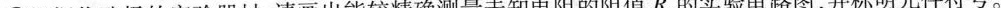
②根据你选择的实验器材，请画出能较精确测量未知电阻的阻值R。的实验电路图，并标明元件符号。